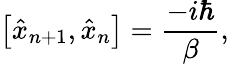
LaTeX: \left[\hat{x}_{n+1},\hat{x}_{n}\right]=\frac{-i\hbar}\beta,